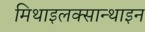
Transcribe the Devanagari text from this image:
मिथाइलक्सान्थाइन